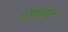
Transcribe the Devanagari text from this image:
घोषणेनेच